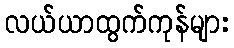
လယ်ယာထွက်ကုန်များ